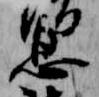
息